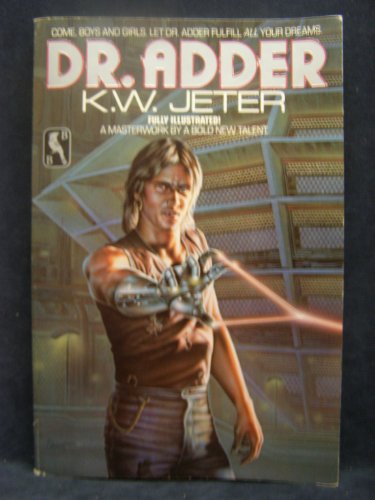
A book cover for Dr. Adder; K. W Jeter; Health, Fitness & Dieting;